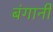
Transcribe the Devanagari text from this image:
बंगानी